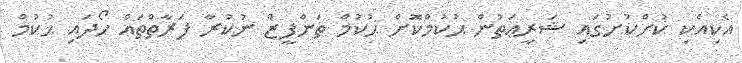
އެކިއެކި ކުށްކުށުގައި ޝަރީޢަތުން ޙުކުމްކޮށް ޙުކުމް ތަންފީޒް ނުކުރާ ފަރާތްތައް ހޯދައި ޙުކުމް